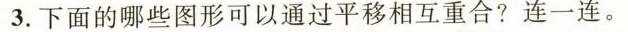
3.下面的哪些图形可以通过平移相互重合?连一连。